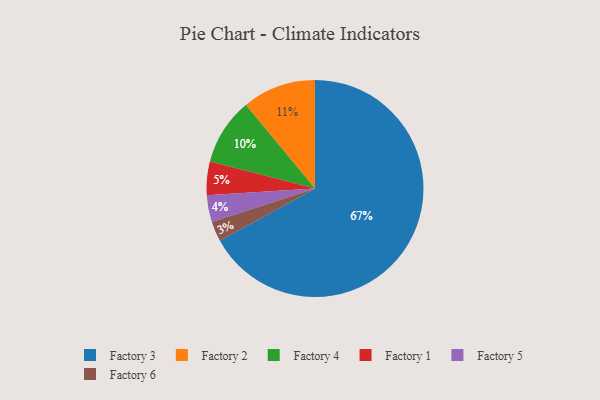
{"axis": {"x": "Category", "y": "Percentage"}, "legend": ["Factory 1", "Factory 2", "Factory 3", "Factory 4", "Factory 5", "Factory 6"], "data": [{"x": "Factory 2", "y": 11, "type": "Factory 2"}, {"x": "Factory 1", "y": 5, "type": "Factory 1"}, {"x": "Factory 3", "y": 67, "type": "Factory 3"}, {"x": "Factory 6", "y": 3, "type": "Factory 6"}, {"x": "Factory 5", "y": 4, "type": "Factory 5"}, {"x": "Factory 4", "y": 10, "type": "Factory 4"}]}